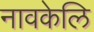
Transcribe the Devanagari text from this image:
नावकेलि